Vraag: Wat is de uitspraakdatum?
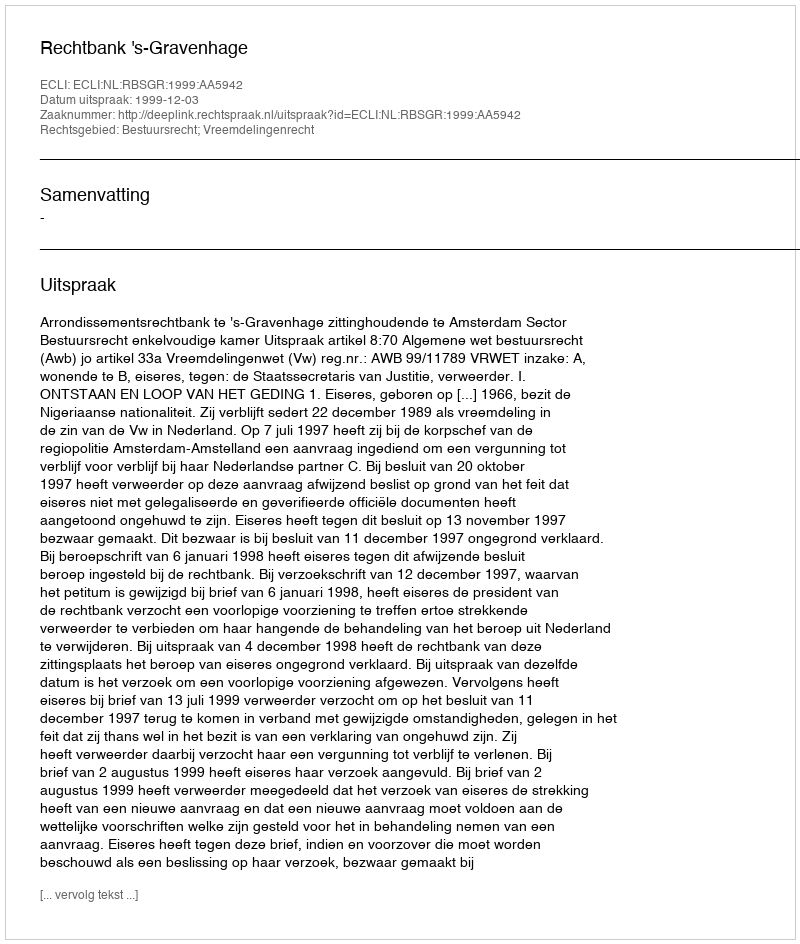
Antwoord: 1999-12-03